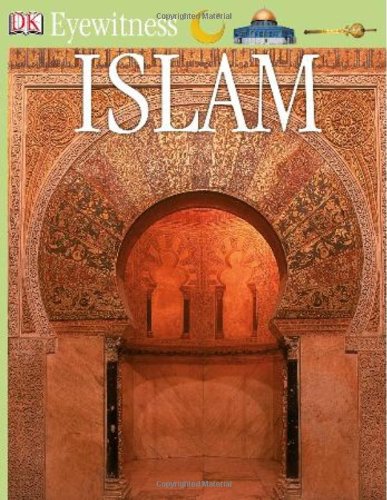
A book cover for DK Eyewitness Books: Islam; Caroline Stone; Children's Books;